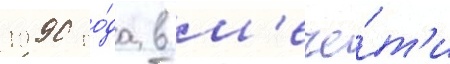
1990 го́да в м'ече́т'и